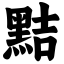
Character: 黠